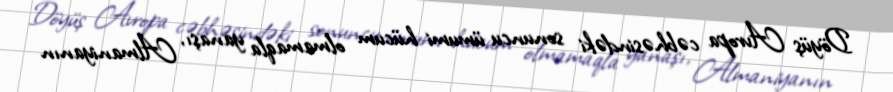
Döyüş Avropa cəbhəsindəki sonuncu ümumi hücum olmamaqla yanaşı, Almaniyanın